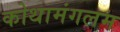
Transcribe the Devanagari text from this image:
कोथामंगलम